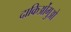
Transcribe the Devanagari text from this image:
दाकिओंगुओ